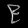
Digit: ၉